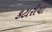
કટારીયા